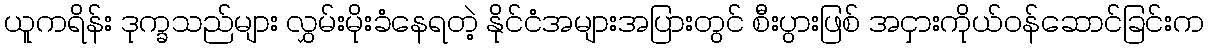
ယူကရိန်း ဒုက္ခသည်များ လွှမ်းမိုးခံနေရတဲ့ နိုင်ငံအများအပြားတွင် စီးပွားဖြစ် အငှားကိုယ်ဝန်ဆောင်ခြင်းက